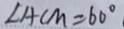
\angle A C M = 6 0 ^ { \circ }